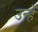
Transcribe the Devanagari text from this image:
उन्हें